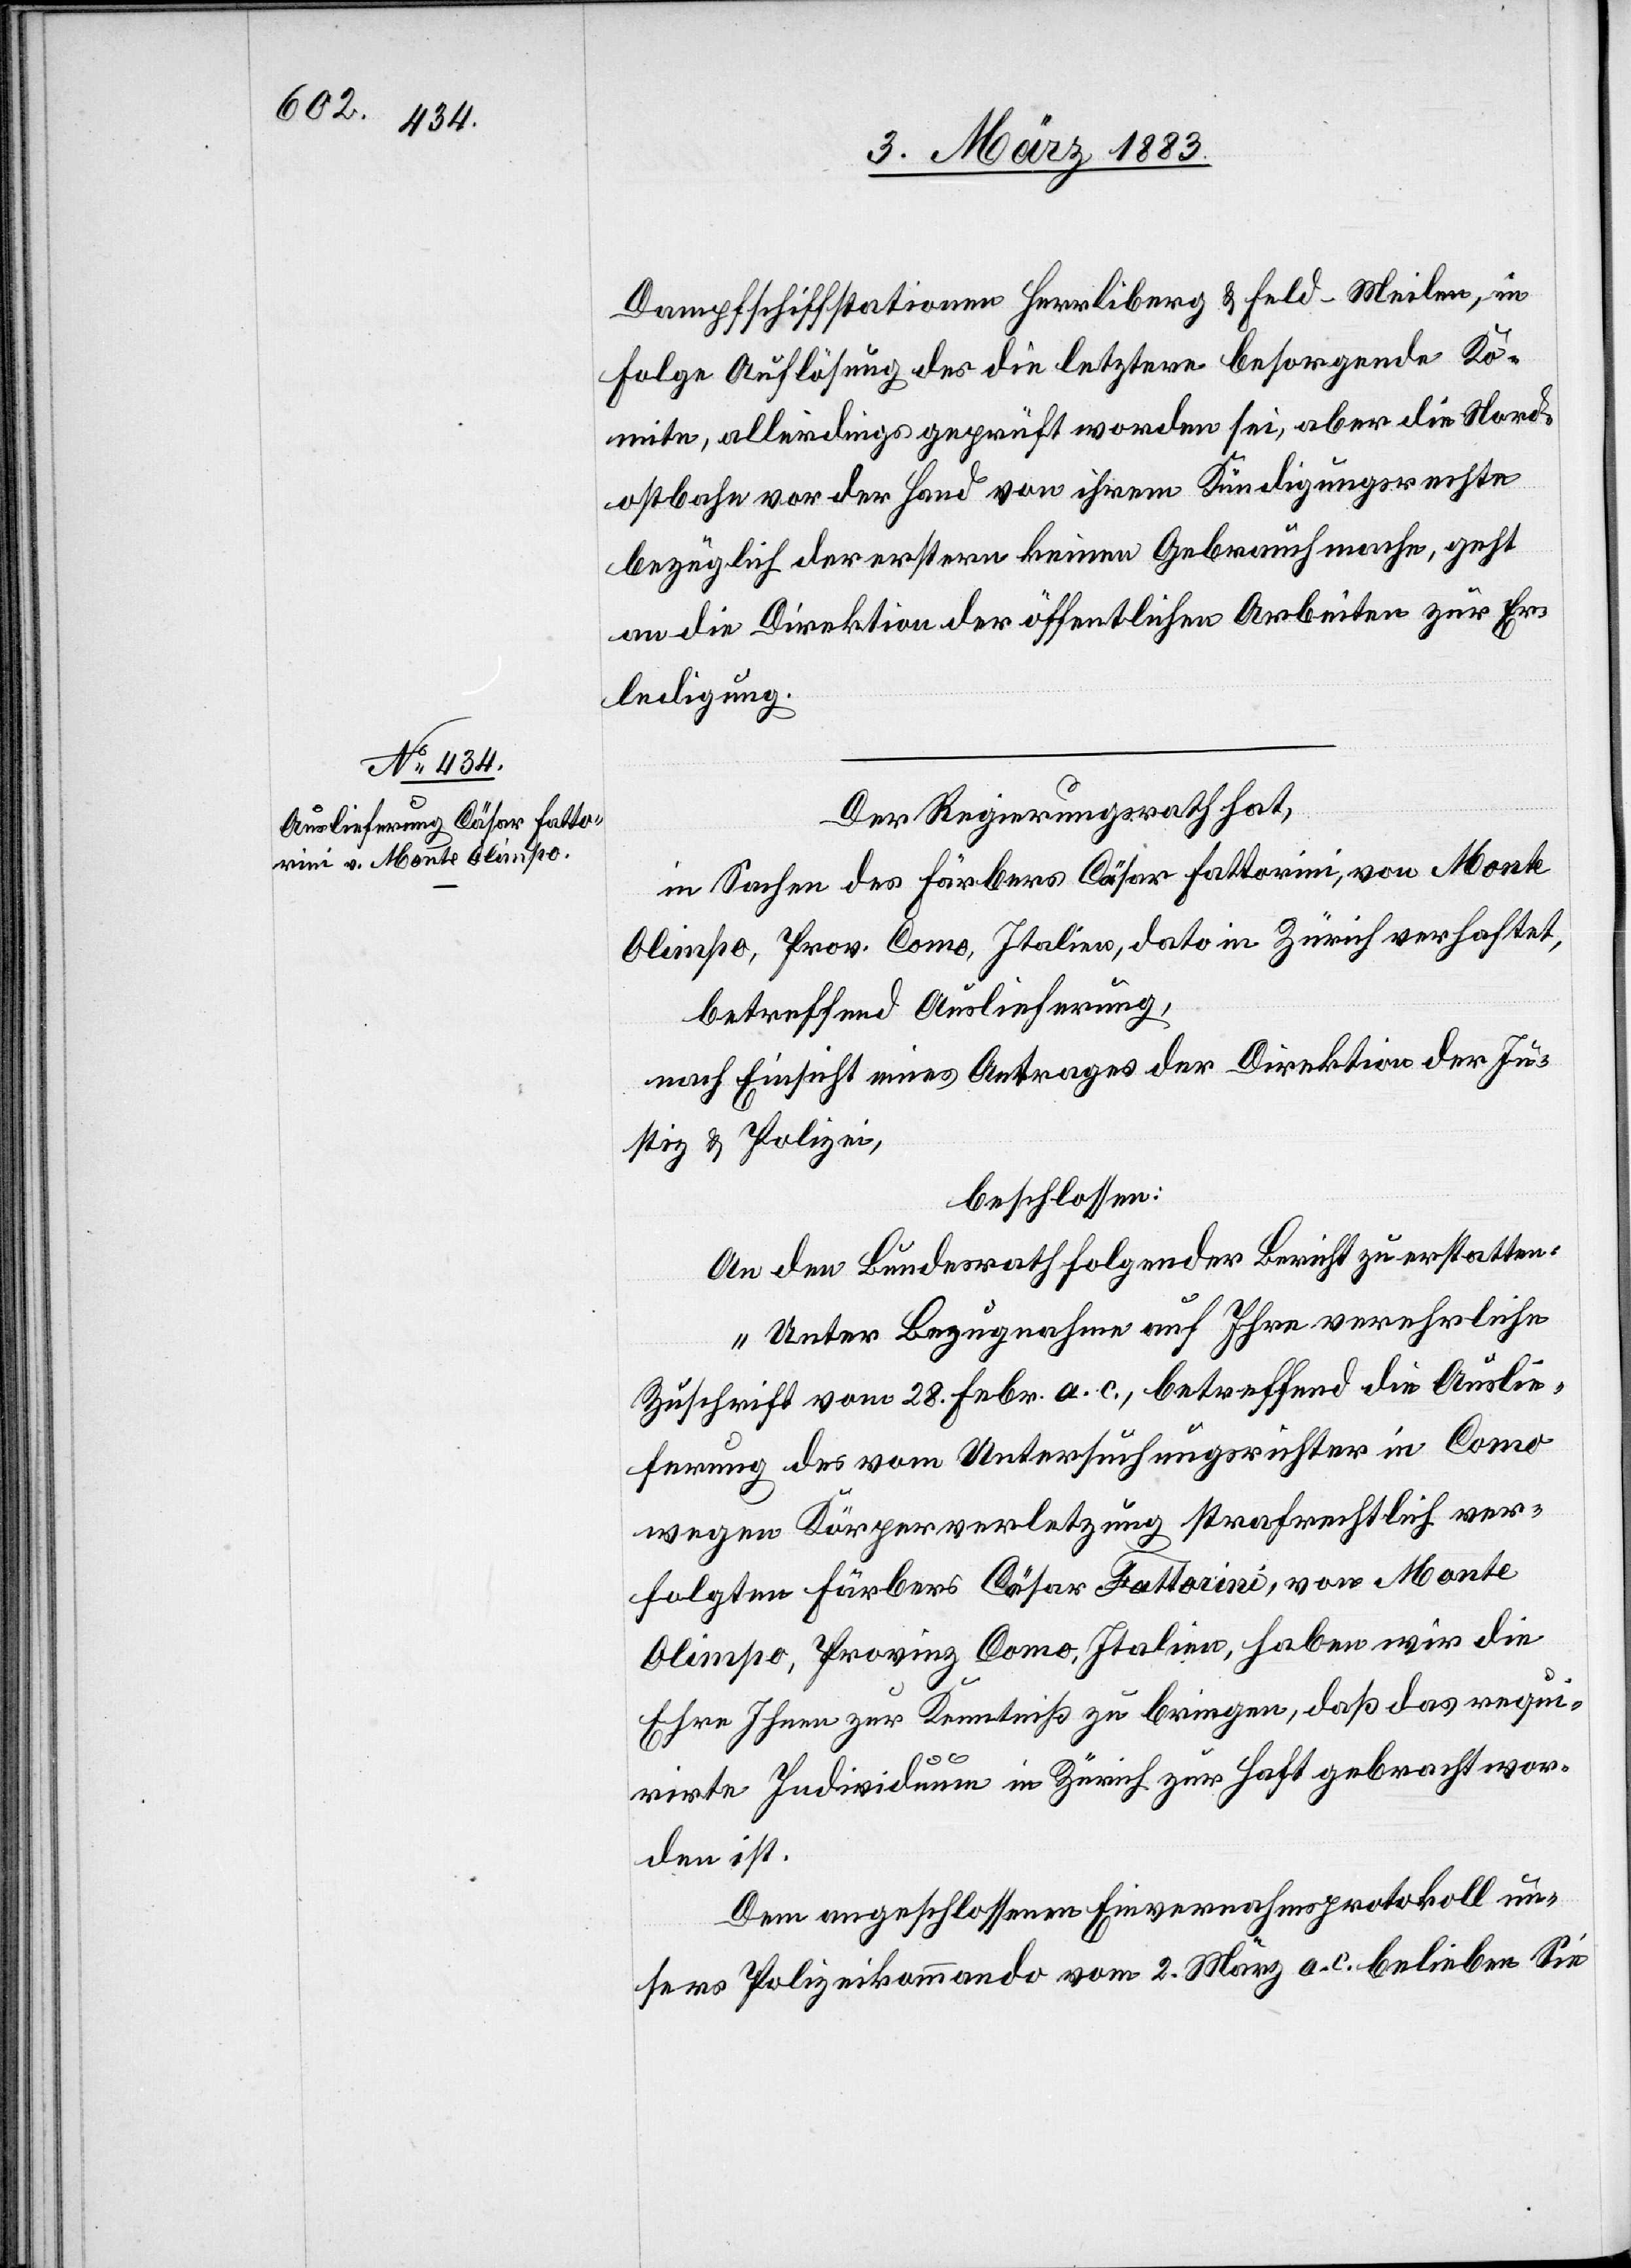
5. März 1883.]
Dampfschiffstationen Herrliberg & Feld-Meilen, in
Folge Auflösung des die letztere besorgende Ko¬
mite, allerdings geprüft worden sei, aber die Nord¬
ostbahn vor der Hand von ihrem Kündigungsrechte
bezüglich der erstern keinen Gebrauch mache, geht
an die Direktion der öffentlichen Arbeiten zur Er¬
ledigung.
Der Regierungsrath hat,
in Sachen des Färbers Cäsar Fattorini, von Monte
Olimpo, Prov. Como, Italien, dato in Zürich verhaftet,
betreffend Auslieferung,
nach Einsicht eines Antrages der Direktion der Ju¬
stiz & Polizei,
beschlossen:
An den Bundesrath folgenden Bericht zu erstatten:
„Unter Bezugnahme auf Ihre verehrliche
Zuschrift vom 28. Febr. a. c., betreffend die Auslie¬
ferung des vom Untersuchungsrichter in Como
wegen Körperverletzung strafrechtlich ver¬
folgten Färbers Cäsar Fattorini, von Monte
Olimpo, Provinz Como, Italien, haben wir die
Ehre Ihnen zur Kenntniß zu bringen, daß das requi¬
rirte Individuum in Zürich zur Haft gebracht wor¬
den ist.
Dem angeschlossenen Einvernahmsprotokoll un¬
sers Polizeikommando [sic!] vom 2. März a. c. belieben Sie